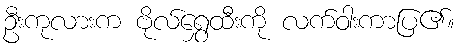
ဦးကုလားက ဗိုလ်ရွှေထီးကို လက်ဝါးကာပြ၏။